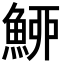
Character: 䱖